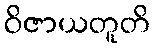
ဝိဇာယတူတိ